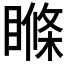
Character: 𥉉